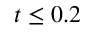
t \le 0 . 2